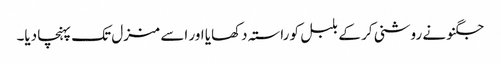
جگنو نے روشنی کر کے بلبل کو راستہ دکھایا اور اسے منزل تک پہنچا دیا۔